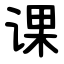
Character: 课